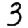
Digit: 3